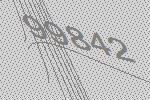
99842